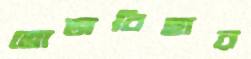
ভোজবিহার